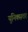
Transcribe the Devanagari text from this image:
युनिक्सवर